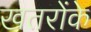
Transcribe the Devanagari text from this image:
खतरोंके